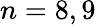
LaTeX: n=8,9